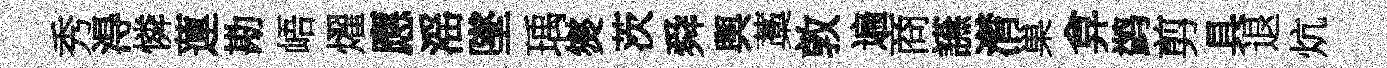
秀淂憐蓮勘峿燿應滛墜瑀爕茨舜舆藁敦遍商讌潸巢弇鹢剪具退炕